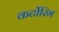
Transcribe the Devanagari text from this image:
कर्टोरिम